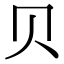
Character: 贝